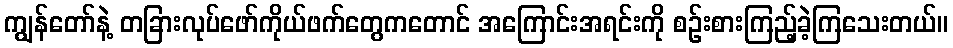
ကျွန်တော်နဲ့ တခြားလုပ်ဖော်ကိုယ်ဖက်တွေကတောင် အကြောင်းအရင်းကို စဉ်းစားကြည့်ခဲ့ကြသေးတယ်။